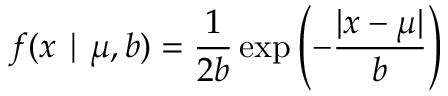
f ( x \mid \mu , b ) = { \frac { 1 } { 2 b } } \exp \left( - { \frac { | x - \mu | } { b } } \right) \,